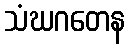
သံဃဂတေန